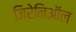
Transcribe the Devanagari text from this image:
जिरेनिऑल